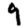
Digit: 9